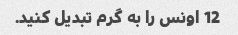
12 اونس را به گرم تبدیل کنید.